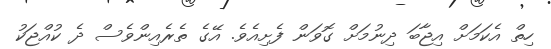
ހިތް އެކަމަށް އިޖާބަ ދިނުމަށް ގޮވަން ފެށިއެވެ. އޭގެ ތެރެއިންވެސް ދެ ކުއްޖަކު